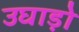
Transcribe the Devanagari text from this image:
उघाड़ो